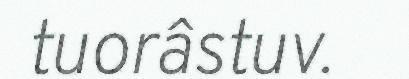
tuorâstuv.